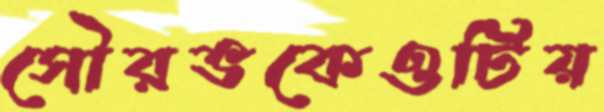
সৌরভকেওটিয়